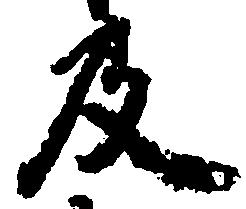
及